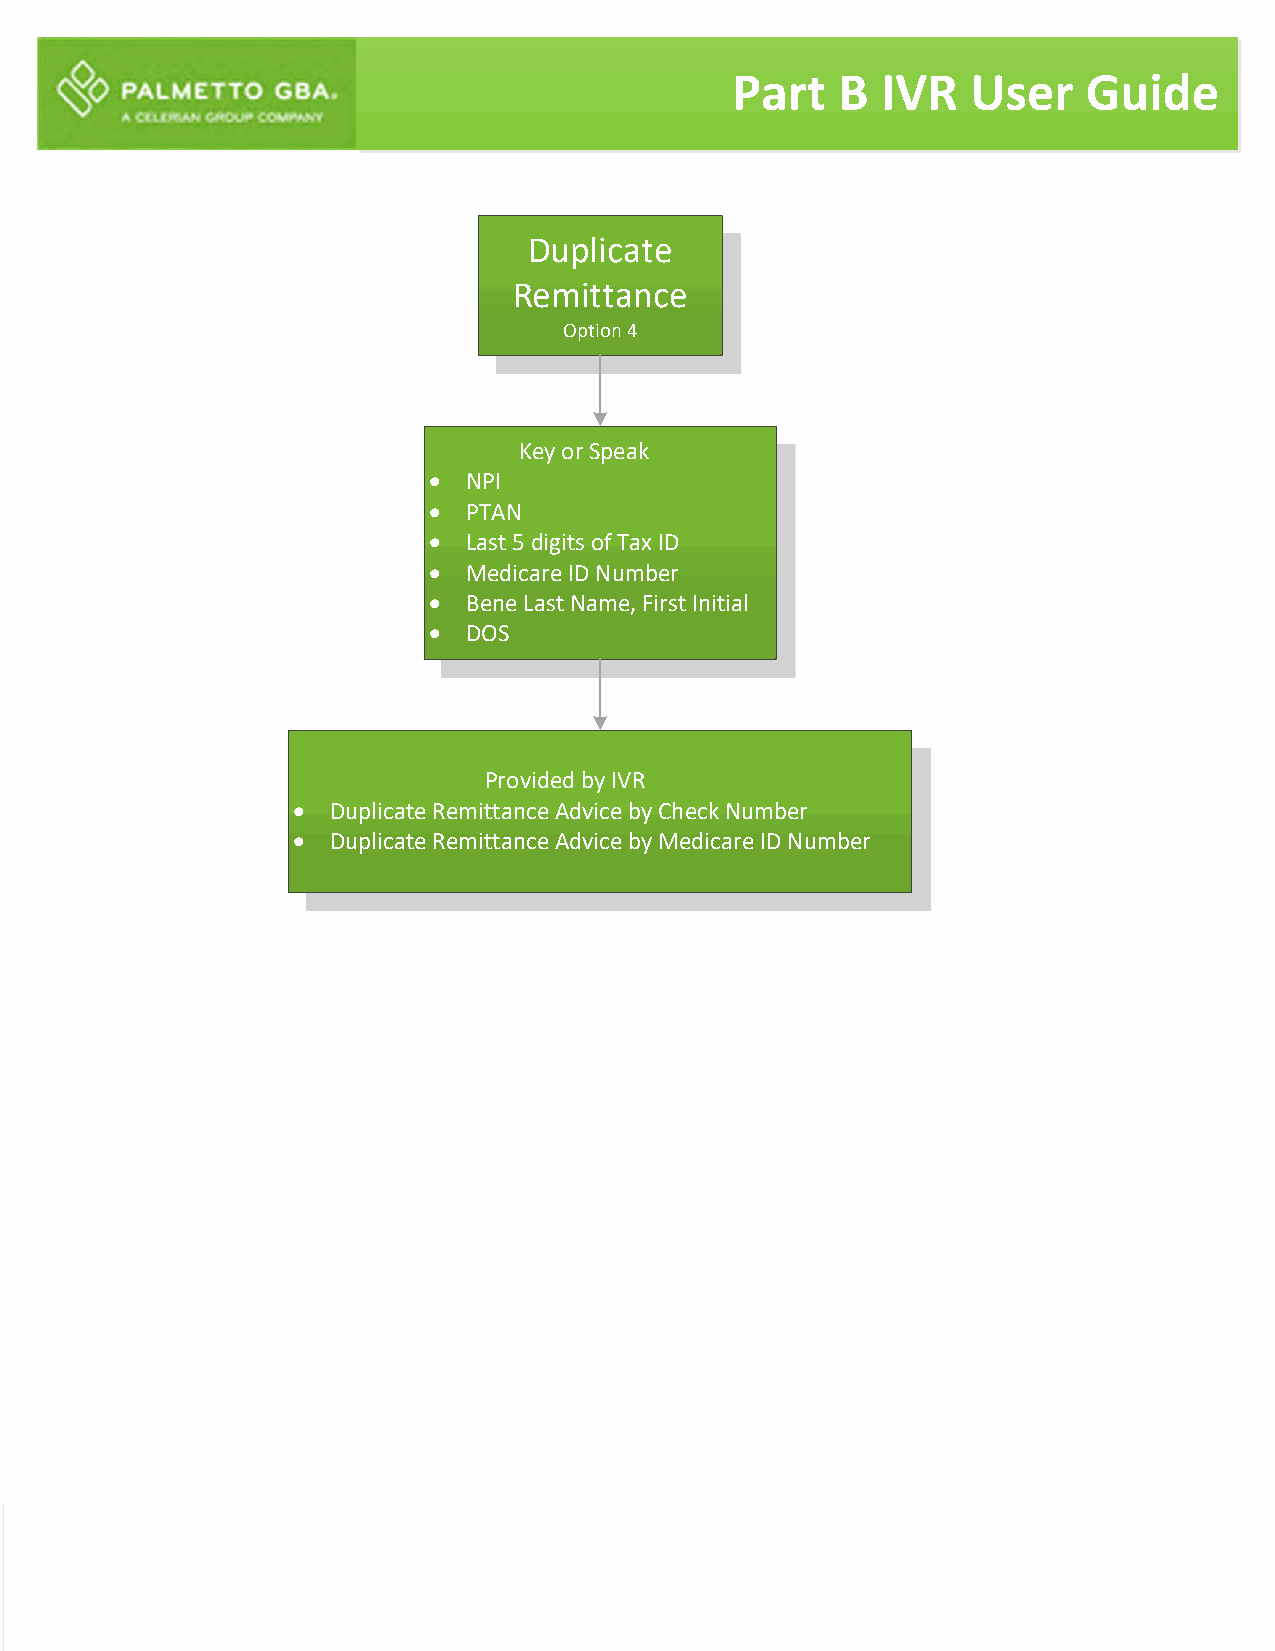
Part   B  IVR   User    Guide
 Duplicate
 Remittance
 Option 4
 Key or Speak
  NPI
  PTAN
  Last 5 digits of Tax ID
  Medicare ID Number
  Bene Last Name, First Initial
  DOS
 Provided by IVR
  Duplicate Remittance Advice by Check Number
  Duplicate Remittance Advice by Medicare ID Number